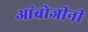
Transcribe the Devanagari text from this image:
आंब्रोजीनी